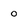
Character: O